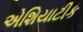
એશિયાટીક